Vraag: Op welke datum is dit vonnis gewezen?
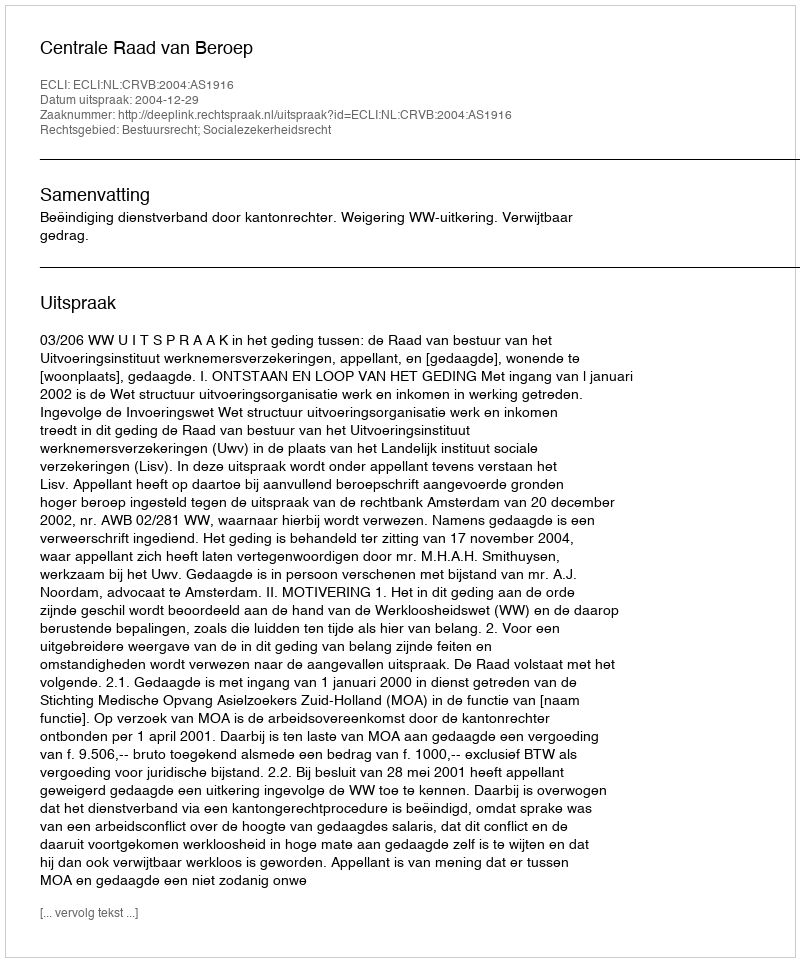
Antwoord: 2004-12-29